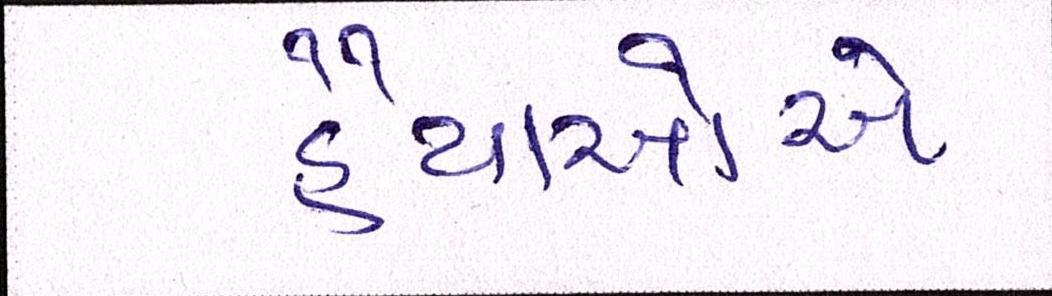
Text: હૈયાઓએ